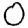
Digit: 0